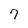
Character: 7